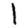
Digit: 1